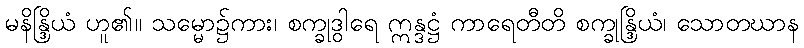
မနိန္ဒြိယံ ဟူ၏။ သမ္မော၌ကား၊ စက္ခုဒွါရေ ဣန္ဒဋ္ဌံ ကာရေတီတိ စက္ခုန္ဒြိယံ၊ သောတဃာန